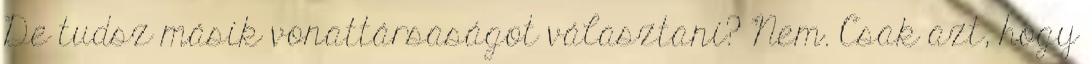
De tudsz másik vonattársaságot választani? Nem. Csak azt, hogy